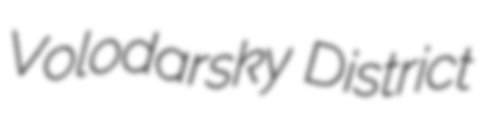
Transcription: Volodarsky District